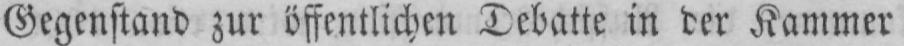
Gegenstand zur öffentlichen Debatte in der Kammer